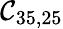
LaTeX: \mathcal{C}_{35,25}